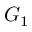
G _ { 1 }